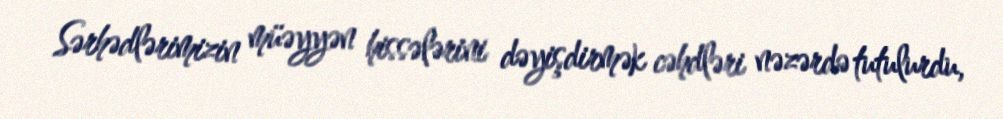
Sərhədlərimizin müəyyən hissələrini dəyişdirmək cəhdləri nəzərdə tutulurdu,